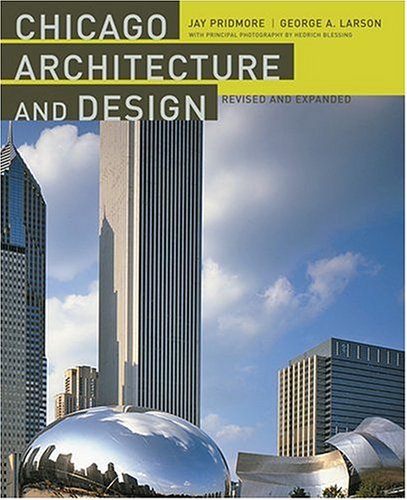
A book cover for Chicago Architecture and Design; Jay Pridmore; Arts & Photography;